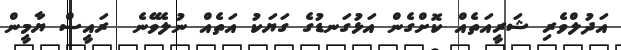
އަދުލްވެރި ޝަރީއަތެއް ކޮށްގެން އަޅުގަނޑުގެ ގަޔަކު އަތެއް ނުލެވޭނެ  ރައީސް ޔާމީން